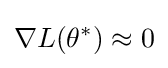
\nabla L(\theta ^{*})\approx 0